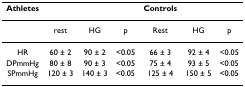
<table><thead><tr><td><b>Athletes</b></td><td></td><td></td><td></td><td><b>Controls</b></td><td></td><td></td></tr></thead><tbody><tr><td></td><td>rest</td><td>HG</td><td>p</td><td>Rest</td><td>HG</td><td>p</td></tr><tr><td>HR</td><td>60 ± 2</td><td>90 ± 2</td><td>&lt;0.05</td><td>66 ± 3</td><td>92 ± 4</td><td>&lt;0.05</td></tr><tr><td>DPmmHg</td><td>80 ± 8</td><td>90 ± 3</td><td>&lt;0.05</td><td>75 ± 4</td><td>93 ± 5</td><td>&lt;0.05</td></tr><tr><td>SPmmHg</td><td>120 ± 3</td><td>140 ± 3</td><td>&lt;0.05</td><td>125 ± 4</td><td>150 ± 5</td><td>&lt;0.05</td></tr></tbody></table>